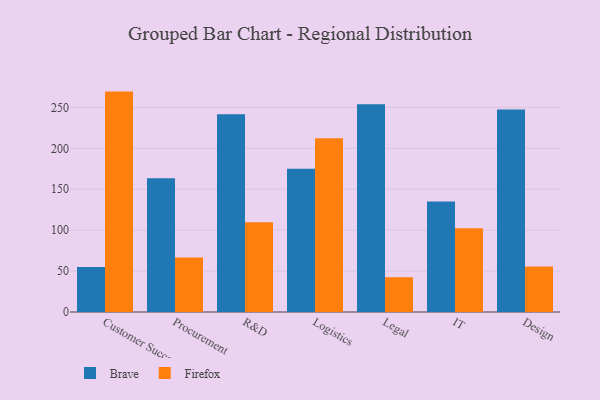
{"axis": {"x": "Department", "y": "Gross Profit (USD K)"}, "legend": ["Brave", "Firefox"], "data": [{"x": "Customer Success", "y": 55.0, "type": "Brave"}, {"x": "Customer Success", "y": 269.3, "type": "Firefox"}, {"x": "Procurement", "y": 163.5, "type": "Brave"}, {"x": "Procurement", "y": 66.7, "type": "Firefox"}, {"x": "R&D", "y": 241.7, "type": "Brave"}, {"x": "R&D", "y": 109.8, "type": "Firefox"}, {"x": "Logistics", "y": 174.9, "type": "Brave"}, {"x": "Logistics", "y": 212.3, "type": "Firefox"}, {"x": "Legal", "y": 253.9, "type": "Brave"}, {"x": "Legal", "y": 42.5, "type": "Firefox"}, {"x": "IT", "y": 134.9, "type": "Brave"}, {"x": "IT", "y": 102.2, "type": "Firefox"}, {"x": "Design", "y": 247.5, "type": "Brave"}, {"x": "Design", "y": 55.5, "type": "Firefox"}]}